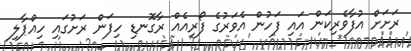
ރަށަށް އުފާވެރިކަން އައި ފަހުން އެވަރުގެ ފޯރިއެއް ރާގޮނޑި ހިފަން ރަށުގައި ހިއްޕާލި